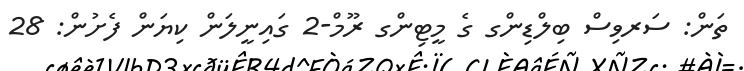
ތަން: ސަރވިސް ބިލްޑިންގ ގެ މީޓިންގ ރޫމް-2 ގައިނީލަން ކިޔަން ފެށުން: 28